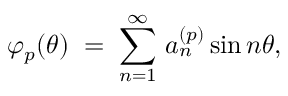
\varphi _ { p } ( \theta ) \; = \; \sum _ { n = 1 } ^ { \infty } \, a _ { n } ^ { ( p ) } \sin { n \theta } ,